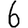
Digit: 6